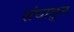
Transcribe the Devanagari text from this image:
संघातुन